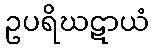
ဥပရိဃဋာယံ